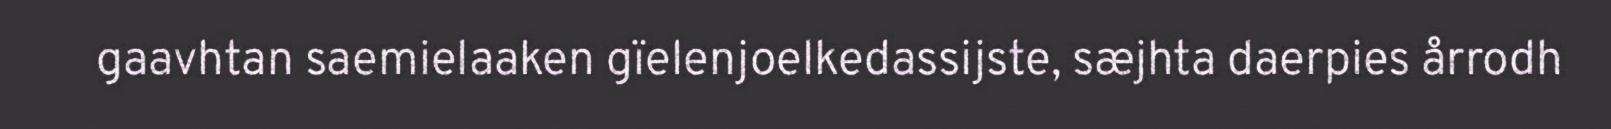
gaavhtan saemielaaken gïelenjoelkedassijste, sæjhta daerpies årrodh